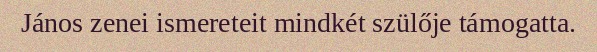
János zenei ismereteit mindkét szülője támogatta.